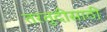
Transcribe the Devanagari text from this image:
तरतुदीसाठी